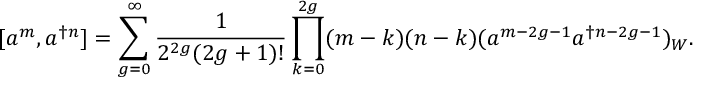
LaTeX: [ a ^ { m } , a ^ { \dagger n } ] = \sum _ { g = 0 } ^ { \infty } \frac { 1 } { 2 ^ { 2 g } ( 2 g + 1 ) ! } \prod _ { k = 0 } ^ { 2 g } ( m - k ) ( n - k ) ( a ^ { m - 2 g - 1 } a ^ { \dagger n - 2 g - 1 } ) _ { W } .